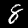
Digit: 8